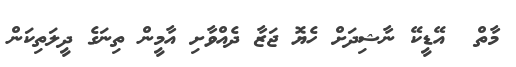
މާތް  އޭޑީކޭ ނާޝިދަށް ހެޔޮ ޖަޒާ ދެއްވާށި އާމީން ތިނަގެ ދީލަތިކަން